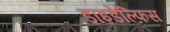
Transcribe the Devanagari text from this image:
डाइडेल्फिस